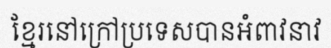
ខ្មែរនៅក្រៅប្រទេសបានអំពាវនាវ